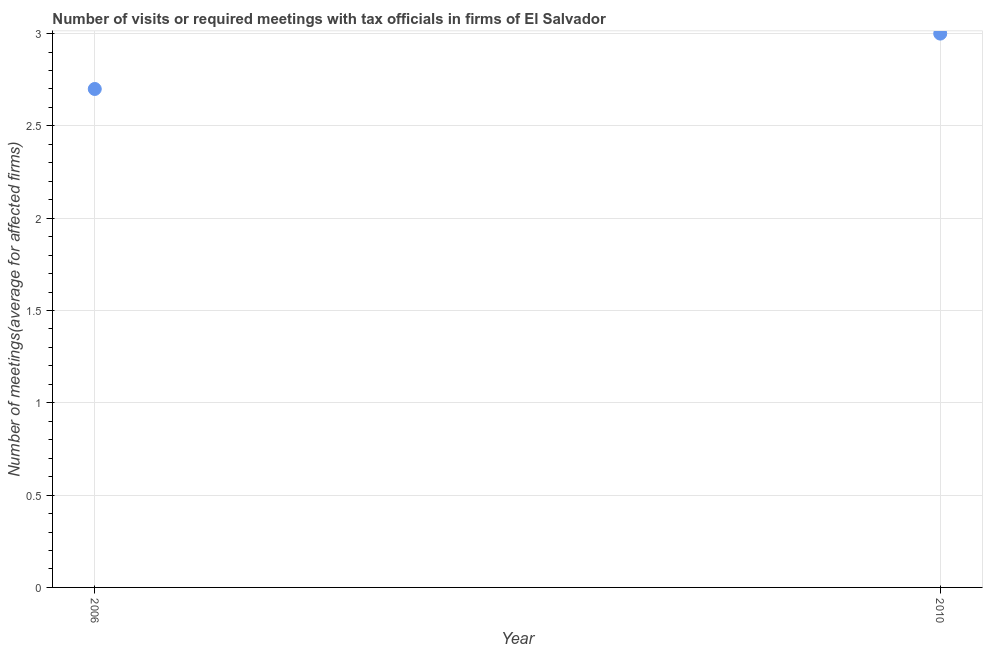
| Year | Meetings with tax officials |
 | --- | --- |
 | 2006 | 2.7 |
 | 2010 | 3 |